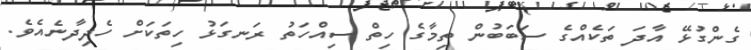
ގެންގުޅޭ އާދަ ތަކެއްގެ ސަބަބުން ތިމާގެ ހިތް ސިއްހަތު ރަނގަޅު ހިތަކަށް ހެދިދާނެއެވެ.